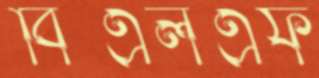
বিএলএফ